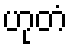
ဟုတံ